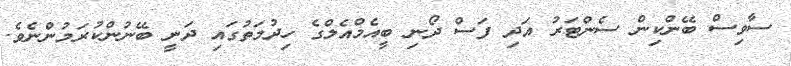
ސާވިސް ބޭންކިން ސެންޓަރު އަދި ފަސް ދޯނި ބީއެމްއެލްގެ ހިދުމަތުގައި ދަނީ ބޭނުންކުރަމުންނެވެ.